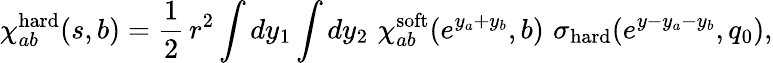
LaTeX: \chi_{ab}^{\mathrm{hard}}(s,b)=\frac{1}{2}\, r^{2}\int dy_{1}\int dy_{2}\, \, \chi_{ab}^{\mathrm{soft}}(e^{y_{a}+y_{b}},b)\, \, \sigma_{\mathrm{hard}}(e^{y-y_{a}-y_{b}},q_{0}),